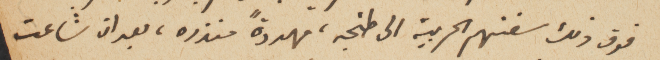
فوق ذلك سفنهم الحربية الى طنجه، مهددةً منذره، بعد ان شاعت